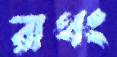
রাথং